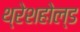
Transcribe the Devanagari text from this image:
थ्रेशहोल्ड